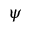
\psi